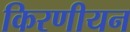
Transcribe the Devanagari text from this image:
किरणीयन